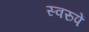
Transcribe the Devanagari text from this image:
स्वरुपें